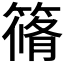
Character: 𮆀